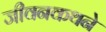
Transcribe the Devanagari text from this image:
जीवनकथने